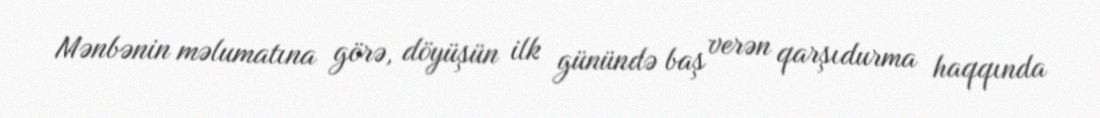
Mənbənin məlumatına görə, döyüşün ilk günündə baş verən qarşıdurma haqqında